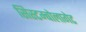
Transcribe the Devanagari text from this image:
सिस्टम्बोलागेट